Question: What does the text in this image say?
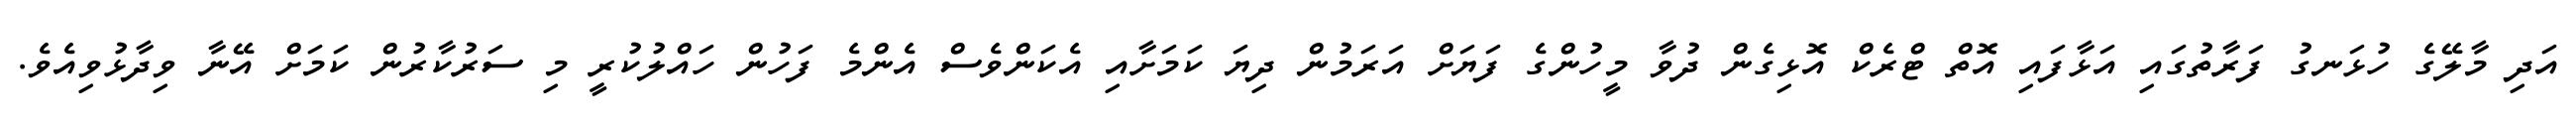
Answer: އަދި މާލޭގެ ހުޅަނގު ފަރާތުގައި އަޅާފައި އޮތް ޓްރެކް އޮޅިގެން ދުވާ މީހުންގެ ފަޔަށް އަރަމުން ދިޔަ ކަމަށާއި އެކަންވެސް އެންމެ ފަހުން ހައްލުކުރީ މި ސަރުކާރުން ކަމަށް އޭނާ ވިދާޅުވިއެވެ.